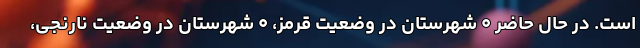
است. در حال حاضر ۰ شهرستان در وضعیت قرمز، ۰ شهرستان در وضعیت نارنجی،